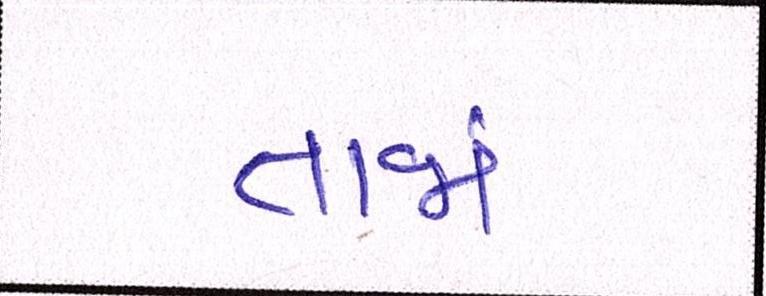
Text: તાજાં